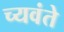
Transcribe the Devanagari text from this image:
च्यवंते